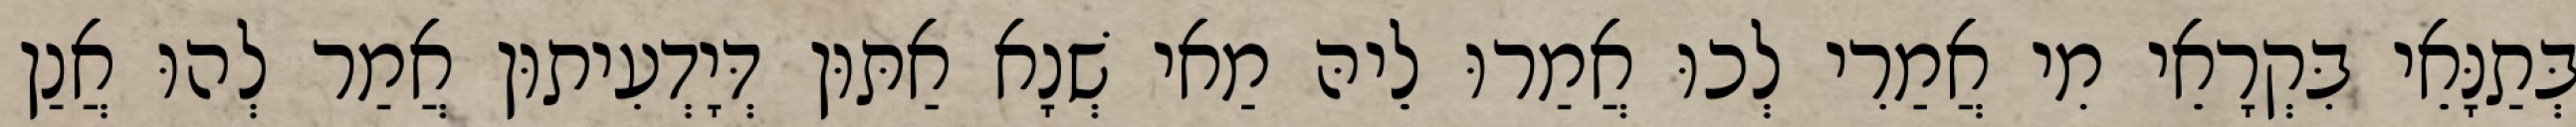
בְּתַנָּאֵי בִּקְרָאֵי מִי אֲמַרִי לְכוּ אֲמַרוּ לֵיהּ מַאי שְׁנָא אַתּוּן דְּיָדְעִיתוּן אֲמַר לְהוּ אֲנַן